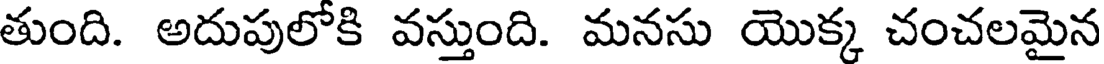
తుంది. అదుపులోకి వస్తుంది. మనసు యొక్క చంచలమైన